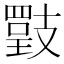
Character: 𢻡